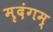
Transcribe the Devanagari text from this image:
मृदंगम्